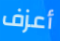
أعزف